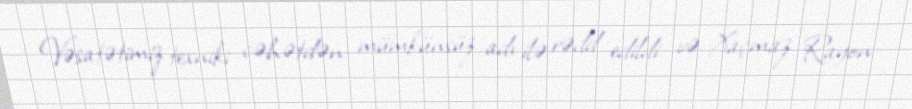
Vəsatətimiz texniki cəhətdən mümkünsüz adı ilə rədd edildi və Xaçmaz Rayon